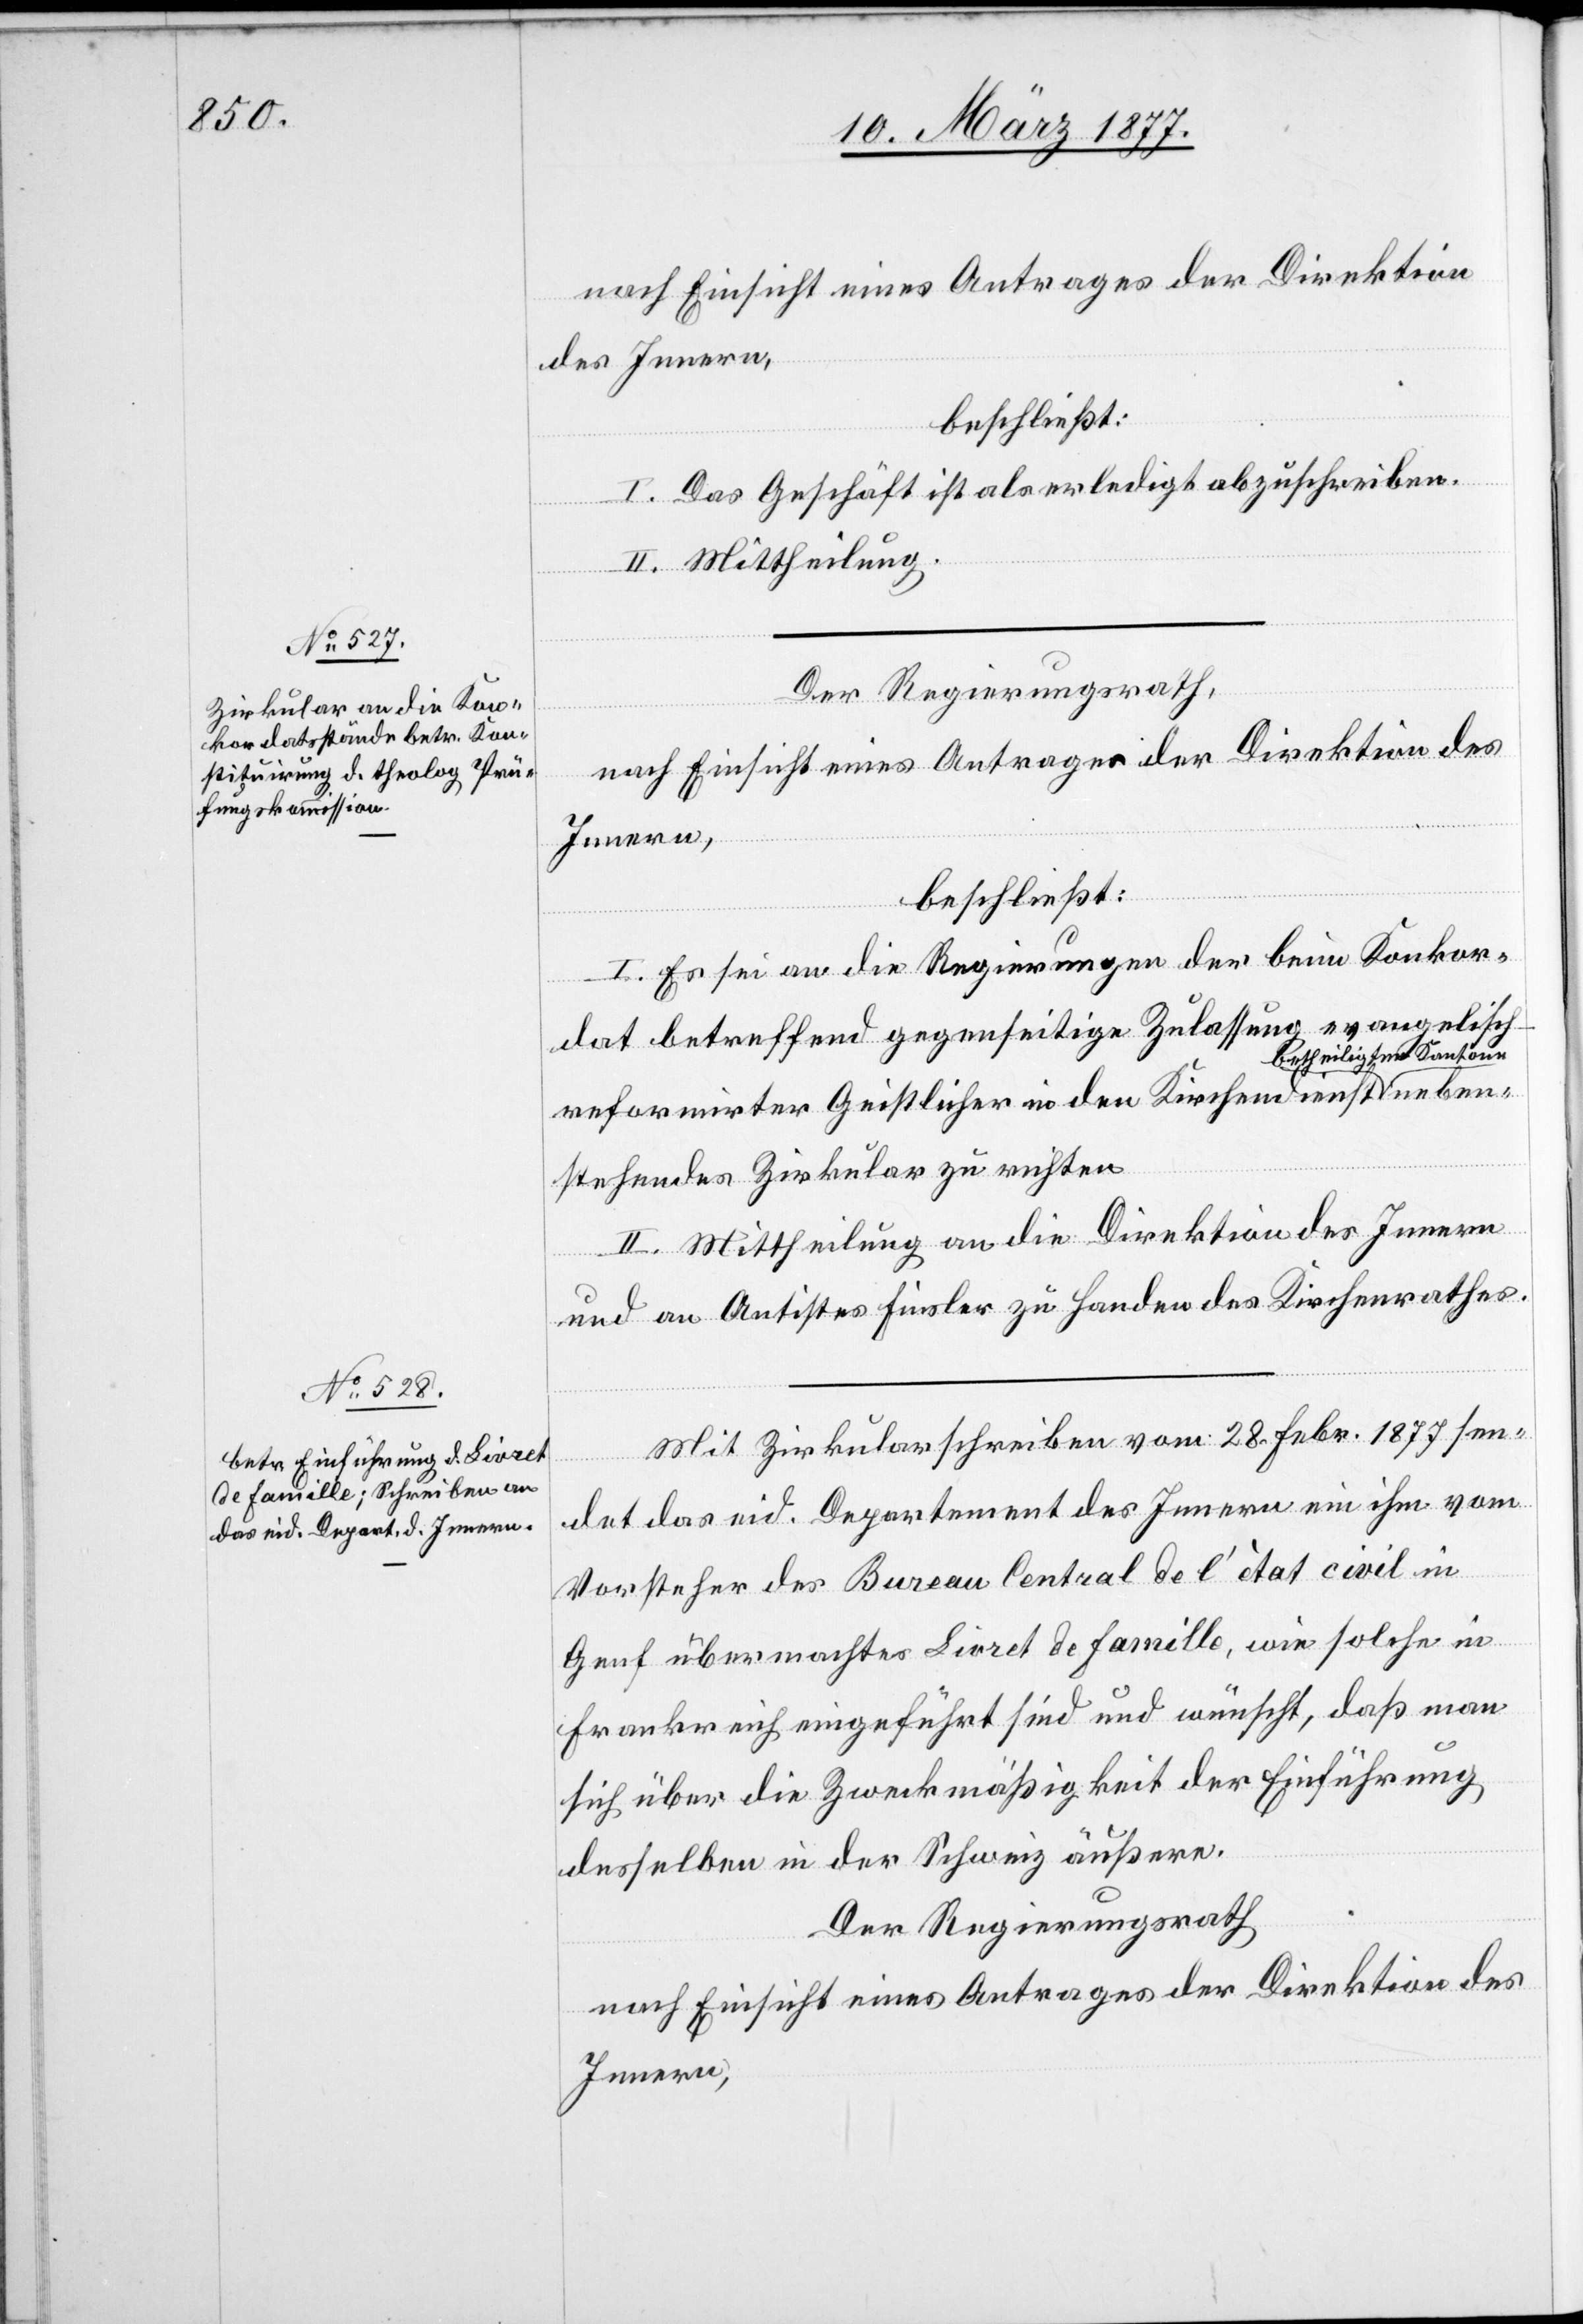
nach Einsicht eines Antrages der Direktion
des Innern,
beschließt:
I. Das Geschäft ist als erledigt abzuschreiben.
II. Mittheilung.
Der Regierungsrath,
nach Einsicht eines Antrages der Direktion des
Innern,
neben¬
beschließt:
I. Es sei an die Regierungen der beim Konkor¬
dat betreffend gegenseitige Zulassung evangelisc¬
theiligten Kantone
h-reformirter Geistlicher in den Kirchendienst be¬
stehendes Zirkular zu richten.
II. Mittheilung an die Direktion des Innern
und an Antistes Finsler zu Handen des Kirchenrathes.
Mit Zirkularschreiben vom 28. Febr. 1877 sen¬
det das eid. Departement des Innern ein ihm vom
Vorsteher des Bureau Central de l’état civil in
Genf übermachtes Livret de Famille, wie solche in
Frankreich eingeführt sind und wünscht, daß man
sich über die Zweckmäßigkeit der Einführung
desselben in der Schweiz äußere.
Der Regierungsrath,
nach Einsicht eines Antrages der Direktion des
Innern,